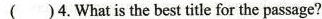
( )4.What is the best title for the passage?